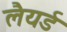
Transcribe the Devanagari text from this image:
लैयर्ड